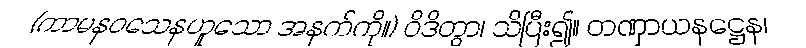
(ကာမနဝသေနဟူသော အနက်ကို။) ဝိဒိတွာ၊ သိပြီး၍။ တဏှာယနဋ္ဌေန၊